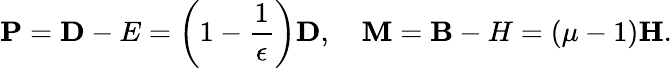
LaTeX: {\mathbf P}={\mathbf D-E}=\left(1-{\frac{1}{\epsilon}}\right){\mathbf D},\quad{\mathbf M}={\mathbf B-H}=(\mu-1){\mathbf H}.